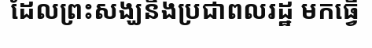
ដែលព្រះសង្ឃនិងប្រជាពលរដ្ឋ មកធ្វើ